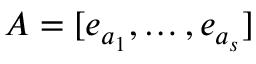
A = [ e _ { a _ { 1 } } , \dots , e _ { a _ { s } } ]